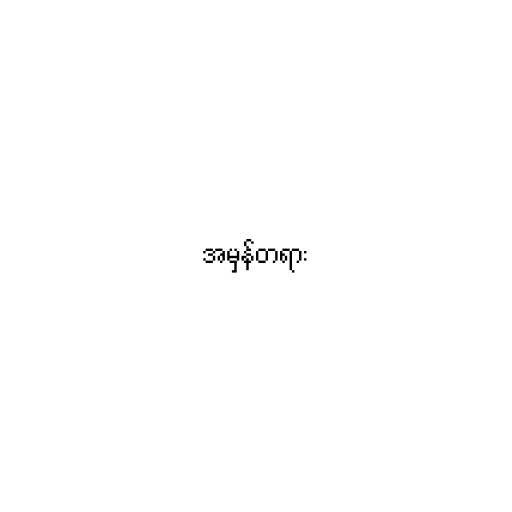
အမှန်တရား